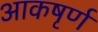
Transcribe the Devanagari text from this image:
आकषृर्ण